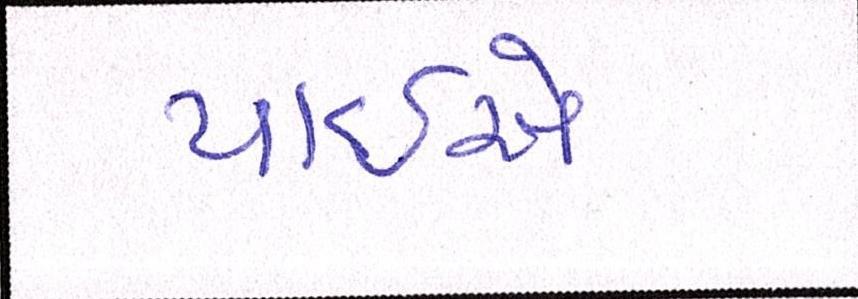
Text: પાઈએ